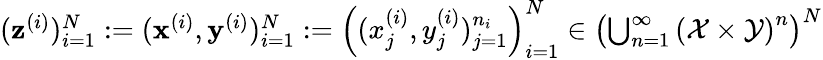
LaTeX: \begin{array}{r}{({\mathbf z}^{(i)})_{i=1}^{N}:=({\mathbf x}^{(i)},{\mathbf y}^{(i)})_{i=1}^{N}:=\left((x_{j}^{(i)},y_{j}^{(i)})_{j=1}^{n_{i}}\right)_{i=1}^{N}\in\left(\bigcup_{n=1}^{\infty}\left(\mathcal{X}\times\mathcal{Y}\right)^{n}\right)^{N}}\end{array}